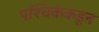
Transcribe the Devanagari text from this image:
पश्चिकेकडून